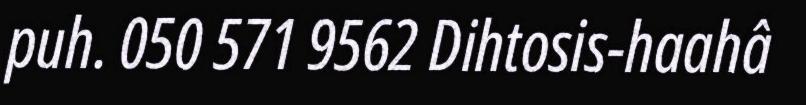
puh. 050 571 9562 Dihtosis-haahâ